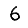
Digit: 6